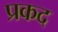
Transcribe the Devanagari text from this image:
प्रकद